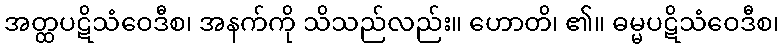
အတ္ထပဋိသံဝေဒီစ၊ အနက်ကို သိသည်လည်း။ ဟောတိ၊ ၏။ ဓမ္မပဋိသံဝေဒီစ၊